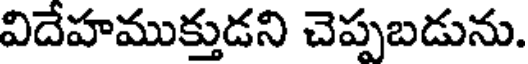
విదేహముక్తుడని చెప్పబడును.